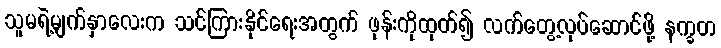
သူမရဲ့မျက်နှာလေးက သင်ကြားနိုင်ရေးအတွက် ဖုန်းကိုထုတ်၍ လက်တွေ့လုပ်ဆောင်ဖို့ နက္ခတ